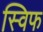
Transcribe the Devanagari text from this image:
स्विफ